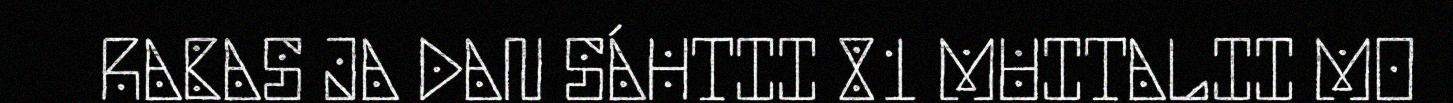
RABAS JA DAN SÁHTII 81 MUITALII MO